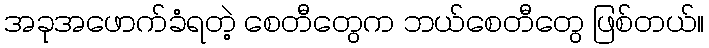
အခုအဖောက်ခံရတဲ့ စေတီတွေက ဘယ်စေတီတွေ ဖြစ်တယ်။